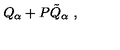
Q _ { \alpha } + P { \tilde { Q } } _ { \alpha } \ ,